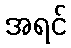
အရင်